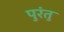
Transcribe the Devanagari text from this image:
पुरंतु